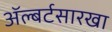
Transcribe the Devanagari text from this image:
अॅल्बर्टसारखा